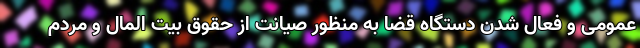
عمومی و فعال شدن دستگاه قضا به منظور صیانت از حقوق بیت المال و مردم